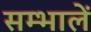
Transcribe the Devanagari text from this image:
सम्भालें